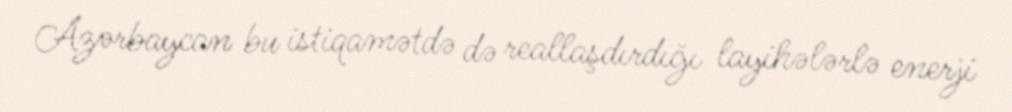
Azərbaycan bu istiqamətdə də reallaşdırdığı layihələrlə enerji